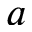
a